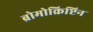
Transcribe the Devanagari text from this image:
ब्रोमोक्रिप्टिन